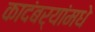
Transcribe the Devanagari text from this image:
कादंबर्‍यांमधे